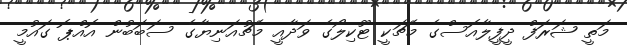
މަތީ ޝަރަފް ދީފީލާއޮސްގެ މެޗަކީ ޓޫކިލޯގެ ވަދާއީ މެޗުއަނިޔާގެ ސަބަބުން އޮއްޕޮ ގައުމީ